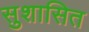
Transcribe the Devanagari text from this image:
सुशासित